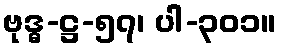
ဗုဒ္ဓ-ဋ္ဌ-၅၇၊ ပါ-၃၀၁။